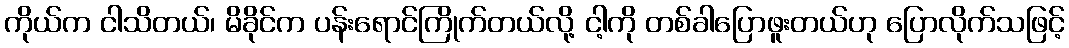
ကိုယ်က ငါသိတယ်၊ မိခိုင်က ပန်းရောင်ကြိုက်တယ်လို့ ငါ့ကို တစ်ခါပြောဖူးတယ်ဟု ပြောလိုက်သဖြင့်